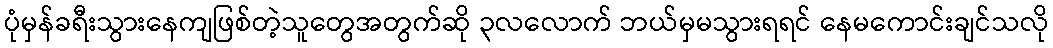
ပုံမှန်ခရီးသွားနေကျဖြစ်တဲ့သူတွေအတွက်ဆို ၃လလောက် ဘယ်မှမသွားရရင် နေမကောင်းချင်သလို